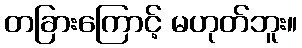
တခြားကြောင့် မဟုတ်ဘူး။